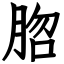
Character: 脗